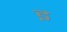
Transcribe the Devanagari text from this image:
इ